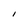
Character: l